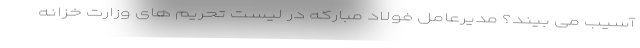
آسیب می بیند؟ مدیرعامل فولاد مبارکه در لیست تحریم های وزارت خزانه